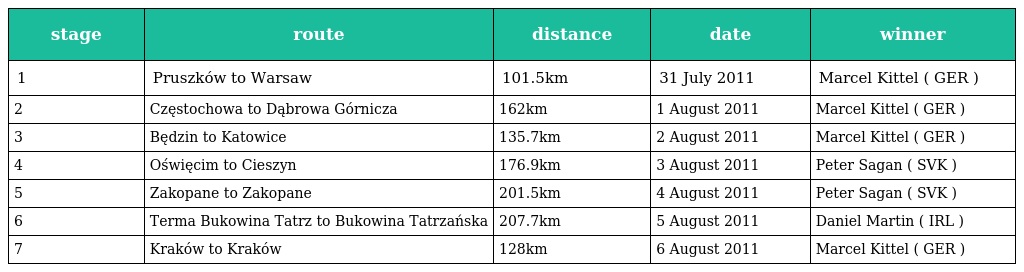
| stage | route | distance | date | winner |
 | --- | --- | --- | --- | --- |
 | 1 | Pruszków to Warsaw | 101.5km | 31 July 2011 | Marcel Kittel ( GER ) |
 | 2 | Częstochowa to Dąbrowa Górnicza | 162km | 1 August 2011 | Marcel Kittel ( GER ) |
 | 3 | Będzin to Katowice | 135.7km | 2 August 2011 | Marcel Kittel ( GER ) |
 | 4 | Oświęcim to Cieszyn | 176.9km | 3 August 2011 | Peter Sagan ( SVK ) |
 | 5 | Zakopane to Zakopane | 201.5km | 4 August 2011 | Peter Sagan ( SVK ) |
 | 6 | Terma Bukowina Tatrz to Bukowina Tatrzańska | 207.7km | 5 August 2011 | Daniel Martin ( IRL ) |
 | 7 | Kraków to Kraków | 128km | 6 August 2011 | Marcel Kittel ( GER ) |